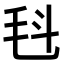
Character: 𣬯